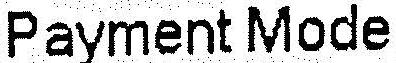
PAYMENT MODE